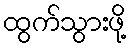
ထွက်သွားဖို့